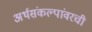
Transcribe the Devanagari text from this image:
अर्थसंकल्पांवरची